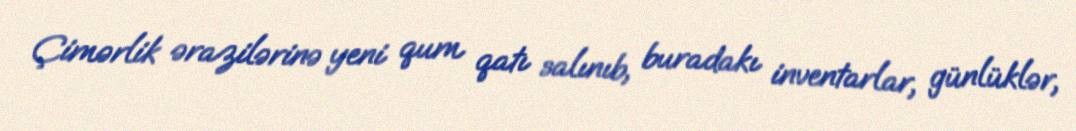
Çimərlik ərazilərinə yeni qum qatı salınıb, buradakı inventarlar, günlüklər,